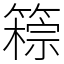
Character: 䉘